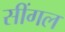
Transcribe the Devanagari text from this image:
सींगल